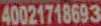
40021718693